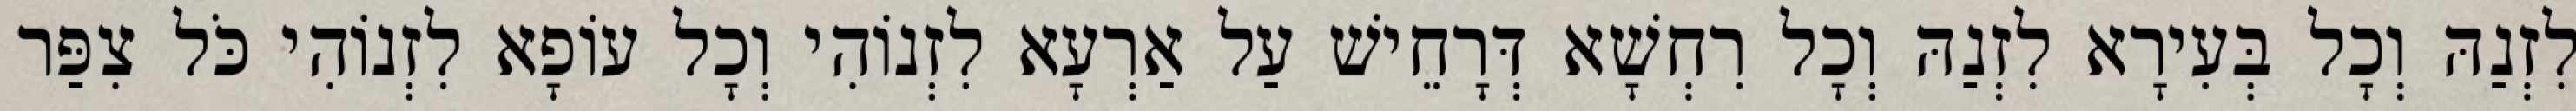
לִזְנַהּ וְכָל בְּעִירָא לִזְנַהּ וְכָל רִחְשָׁא דְּרָחֵישׁ עַל אַרְעָא לִזְנוֹהִי וְכָל עוֹפָא לִזְנוֹהִי כֹּל צִפַּר